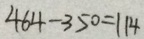
4 6 4 - 3 5 0 = 1 1 4